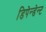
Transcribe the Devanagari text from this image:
डिपेन्डेन्ट